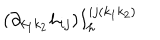
( \partial _ { k _ { 1 } k _ { 2 } } h _ { i j } ) I _ { h } ^ { i j ( k _ { 1 } k _ { 2 } ) }